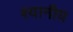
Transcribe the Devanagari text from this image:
श्यानीय